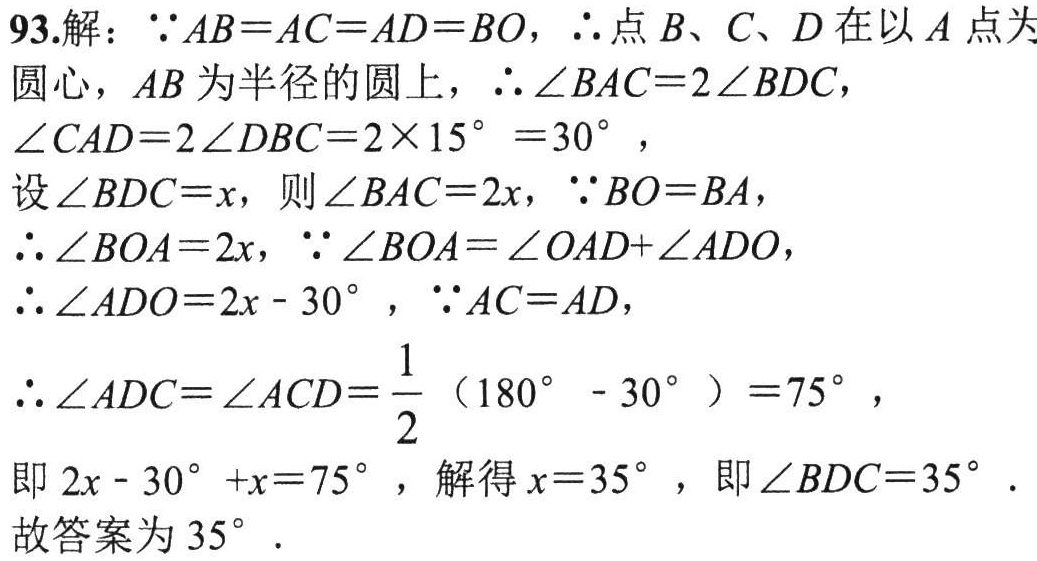
93.解：\(\because AB = AC = AD = BO\)，\(\therefore\)点\(B\)、\(C\)、\(D\)在以\(A\)点为圆心，\(AB\)为半径的圆上，\(\therefore\angle BAC = 2\angle BDC\)，\(\angle CAD = 2\angle DBC=2\times15^{\circ}=30^{\circ}\)，设\(\angle BDC = x\)，则\(\angle BAC = 2x\)，\(\because BO = BA\)，\(\therefore\angle BOA = 2x\)，\(\because\angle BOA=\angle OAD + \angle ADO\)，\(\therefore\angle ADO = 2x - 30^{\circ}\)，\(\because AC = AD\)，\(\therefore\angle ADC=\angle ACD=\frac{1}{2}(180^{\circ}-30^{\circ}) = 75^{\circ}\)，即\(2x - 30^{\circ}+x = 75^{\circ}\)，解得\(x = 35^{\circ}\)，即\(\angle BDC = 35^{\circ}\).故答案为\(35^{\circ}\).